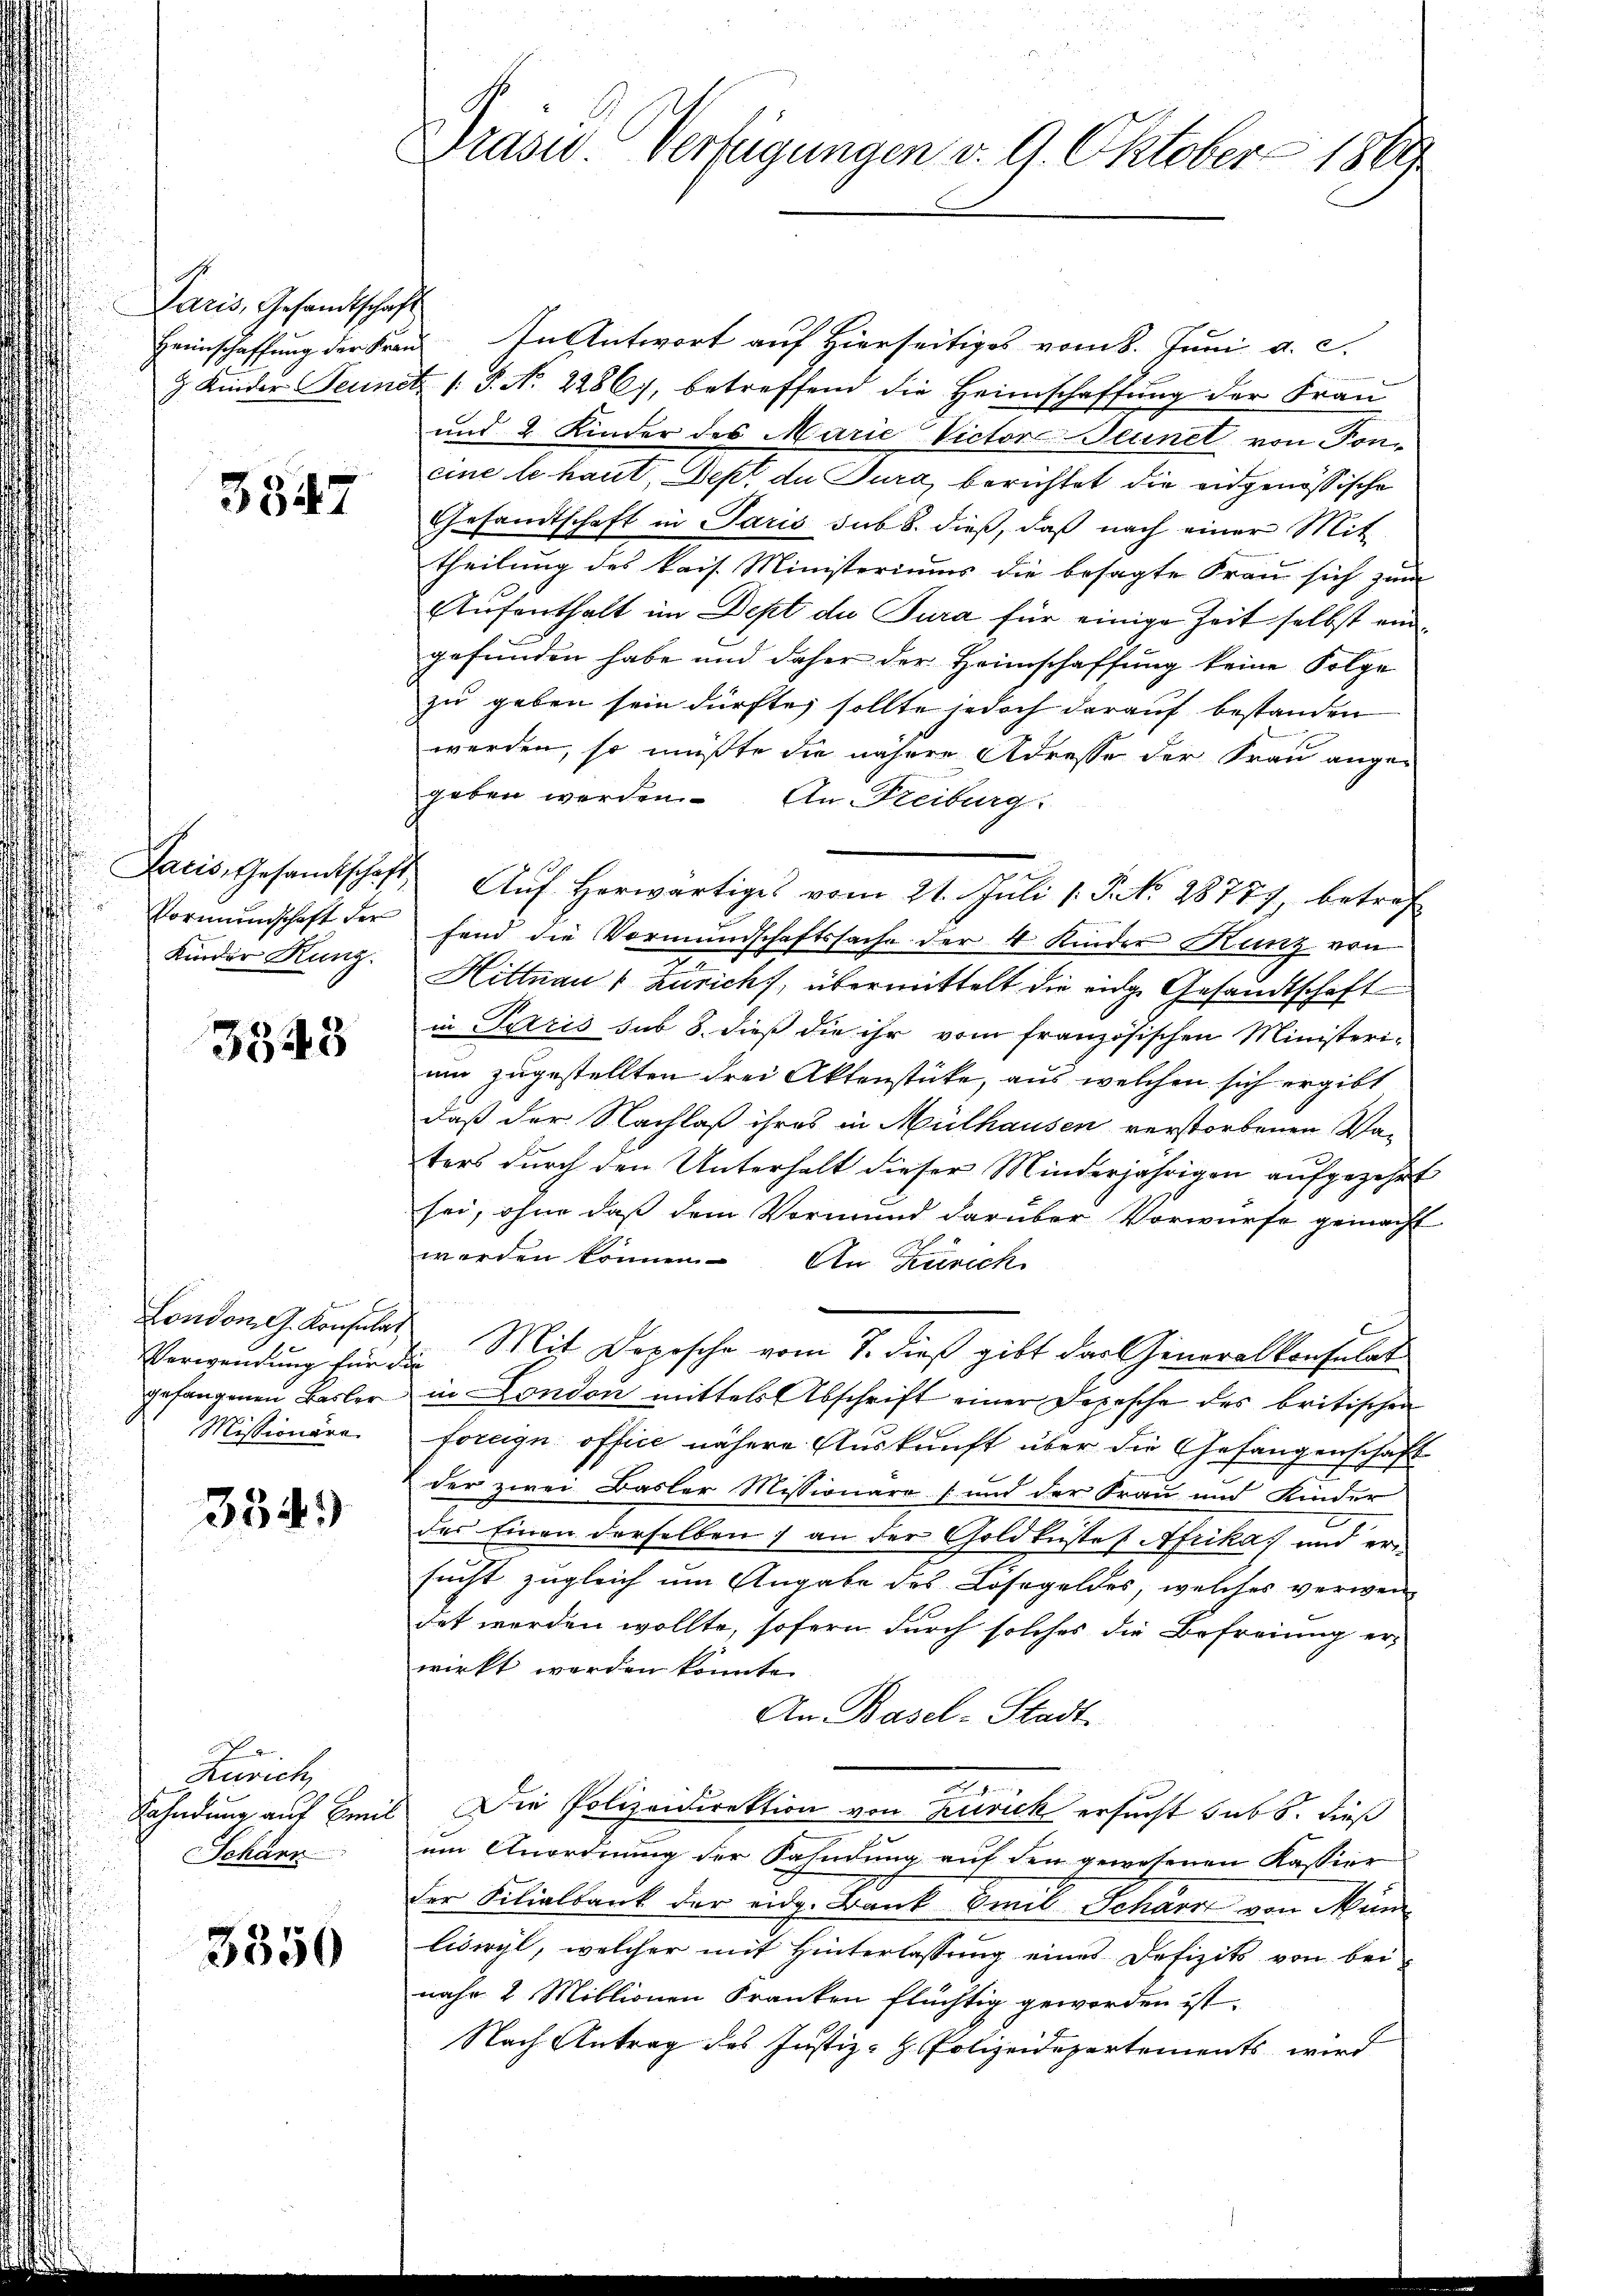
Paris, Gesandtschaft

3347

Jaris, Gesandtschaft,
Kinder Kunz.

3343

London G. Konsulat
Missionäre.

334)

Gerich
Fahndung auf Emil
Schner

3350

Drasw. Verfügungen v. 9. Oktober 1889

Heimschaffung der Frau. In Antwort auf Hierseitiges vom 8. Juni a. c.
3 Kinder Sennetz /: P. N. 2286), betreffend die Heimschaffung der Frau
und 2 Kinder des Marie Victor Sennet von Soneine le haut, Sept de Tura, berichtet die eidgenössische
Gesandtschaft in Paris sub 8. dieß, daß nach einer Mit
theilung des kais. Ministeriums die besagte Frau sich zum
Aufenthalt im Dept die Jura für einige Zeit selbst ein
gefunden habe und daher der Heimschaffung keine Folge
zu geben sein dürfte, sollte jedoch darauf bestanden
werden, so müßte die nähere Adresse der Frau ange-
geben werden. An Freiburg.
Auf herwärtiges vom 21. Juli v. J. No. 28777, betref
Vormŭndschaft der fand die Vormŭndschaftssache der 4 Kinder Kunz von
Hittnau 1 Zürich, übermittelt die eige Gesandtschaft
in Paris sub 8. dieß die ihr vom französischen Ministeri-
um zugestellten drei Aktenstücke, aus welchen sich ergibt
daß der Nachlaß ihres in Mülhausen verstorbenen Waters durch den Unterhalt dieser Minderjährigen aufgezehrt
sei, ohne daß dem Vormund darüber Vorwürfe gemacht
worden können. An Zürich
Verwendung für die Mit Depesche vom 7. dieß gibt das Generalkonsulat
gefangenen Basler in London mittels Abschrift einer Depesche des britischen
foragn office nähere Auskunft über die Gefangenschaft
der zwei Basler Missionäre und der Frau und Kinder
des Einen derselben ; an der Goldlustes Afrikas und ersucht zugleich um Angabe des Lösegeldes, welches verwen-
det worden wollte, sofern durch solches die Befreiung erwirkt werden könnte.
An Basel-Stadt.
Die Polizeidirektion von Zürich ersucht sub 6. dieß
um Anordnung der Fahndung auf den gewesenen Kassier
der Filialbank der eidg. Bank kreis Scharz von Mün
liswyl, welcher mit Hinterlassung eines Defizits von bei
nahe 2 Millionen Franken flüchtig geworden ist.
Nach Antrag des Justiz-H. Polizeidepartements wird